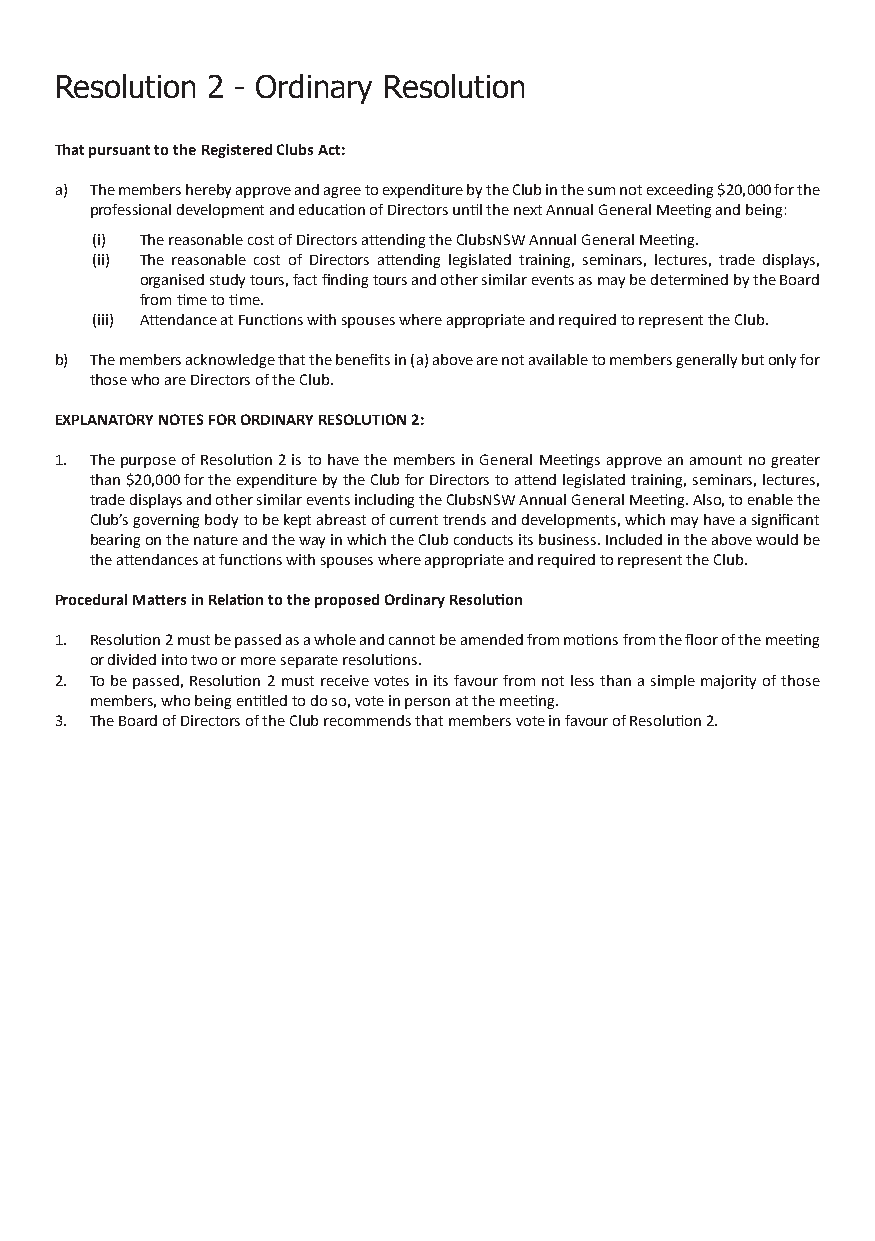
Resolution 2 - Ordinary Resolution
 That pursuant to the Registered Clubs Act:
 a) The members hereby approve and agree to expenditure by the Club in the sum not exceeding $20,000 for the
 professional development and education of Directors until the next Annual General Meeting and being:
 (i) The reasonable cost of Directors attending the ClubsNSW Annual General Meeting.
 (ii) The reasonable cost of Directors attending legislated training, seminars, lectures, trade displays,
 organised study tours, fact finding tours and other similar events as may be determined by the Board
 from time to time.
 (iii) Attendance at Functions with spouses where appropriate and required to represent the Club.
 b) The members acknowledge that the benefits in (a) above are not available to members generally but only for
 those who are Directors of the Club.
 EXPLANATORY NOTES FOR ORDINARY RESOLUTION 2:
 1. The purpose of Resolution 2 is to have the members in General Meetings approve an amount no greater
 than $20,000 for the expenditure by the Club for Directors to attend legislated training, seminars, lectures,
 trade displays and other similar events including the ClubsNSW Annual General Meeting. Also, to enable the
 Club’s governing body to be kept abreast of current trends and developments, which may have a significant
 bearing on the nature and the way in which the Club conducts its business. Included in the above would be
 the attendances at functions with spouses where appropriate and required to represent the Club.
 Procedural Matters in Relation to the proposed Ordinary Resolution
 1. Resolution 2 must be passed as a whole and cannot be amended from motions from the floor of the meeting
 or divided into two or more separate resolutions.
 2. To be passed, Resolution 2 must receive votes in its favour from not less than a simple majority of those
 members, who being entitled to do so, vote in person at the meeting.
 3. The Board of Directors of the Club recommends that members vote in favour of Resolution 2.